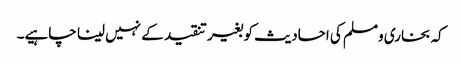
کہ بخاری ومسلم کی احادیث کو بغیر تنقید کے نہیں لینا چاہیے۔